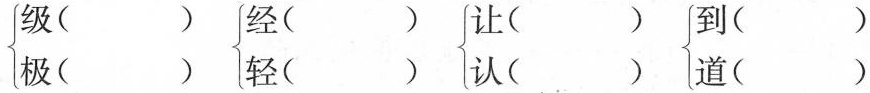
\left\{ \begin{matrix}级（）\\ 极（） \end{matrix} \right. \left\{ \begin{matrix}经（）\\ 轻（） \end{matrix} \right. \left\{ \begin{matrix}让（）\\认（） \end{matrix} \right. \left\{ \begin{matrix}到（）\\ 道（） \end{matrix} \right.